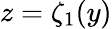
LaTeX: z=\zeta_{1}(y)